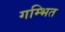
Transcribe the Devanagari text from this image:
गम्भित